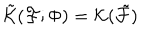
LaTeX: \tilde { { \cal K } } ( { \cal F } ; \Phi ) = { \cal K } ( \tilde { { \cal F } } )